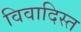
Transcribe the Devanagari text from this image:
विवादिस्त